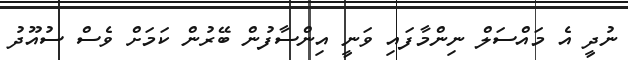
ނުދީ އެ މައްސަލް ނިންމާފައި ވަނީ އިންސާފުން ބޭރުން ކަމަށް ވެސް ސުއޫދު